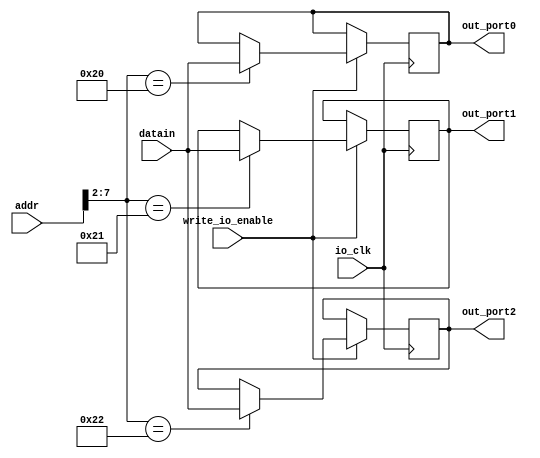
module io_output_reg (addr,datain,write_io_enable,io_clk,out_port0,out_port1,out_port2);
	input [31:0] addr,datain;
	input write_io_enable,io_clk;

	output [31:0] out_port0,out_port1,out_port2;

	reg [31:0] out_port0; // output port0
	reg [31:0] out_port1; // output port1
	reg [31:0] out_port2; // output port1

	always @(posedge io_clk)
		begin
			if (write_io_enable == 1)
				case (addr[7:2])
					6'b100000: out_port0 <= datain; // 80h
					6'b100001: out_port1 <= datain; // 84h
					6'b100010: out_port2 <= datain; // 84h
					// more ports
				endcase
		end
endmodule